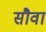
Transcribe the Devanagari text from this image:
सौवा